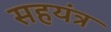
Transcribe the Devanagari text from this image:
सहयंत्र